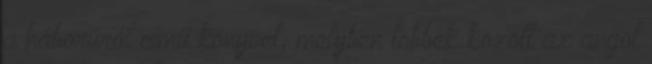
a háborúról című könyvét, melyben többek között az angol